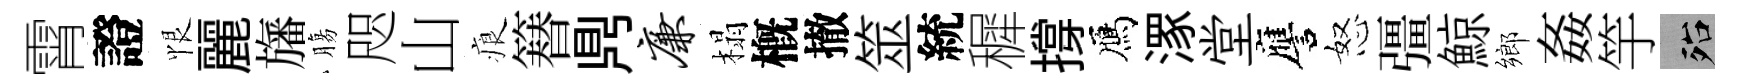
霄證恨麗旛膓咫山痕簮𪔂廉榻槪撤筮統穉撐鴈潈堂譍怒彊鯨鄉姦竽殆